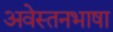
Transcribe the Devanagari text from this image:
अवेस्तनभाषा